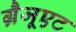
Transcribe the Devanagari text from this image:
ग्रैजूएट